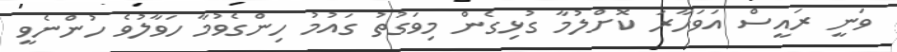
ވަނީ ރައީސް އަވަހާރަ ކޮށްލުމާ ގުޅިގެން މިވަގުތު ގައުމު ހިންގެވުމާ ހަވާލުވެ ހުންނެވީ